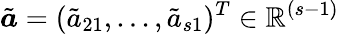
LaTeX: \tilde{\boldsymbol{a}}=(\tilde{a}_{21},...,\tilde{a}_{s1})^{T}\in\mathbb{R}^{(s-1)}